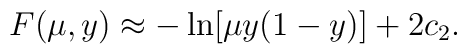
F(\mu,y) \approx - \ln [ \mu y (1-y)] + 2 c_2.